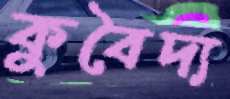
কুবৈদ্য